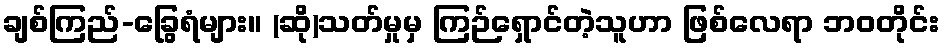
ချစ်ကြည်-ခြွေရံများ။ (ဆို)သတ်မှုမှ ကြဉ်ရှောင်တဲ့သူဟာ ဖြစ်လေရာ ဘဝတိုင်း